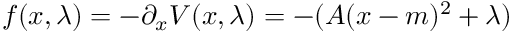
f ( x , \lambda ) = - \partial _ { x } V ( x , \lambda ) = - ( A ( x - m ) ^ { 2 } + \lambda )